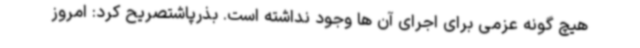
هیچ گونه عزمی برای اجرای آن ها وجود نداشته است. بذرپاشتصریح کرد: امروز